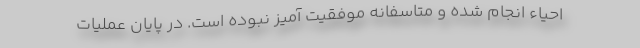
احیاء انجام شده و متاسفانه موفقیت آمیز نبوده است. در پایان عملیات